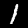
Label: 1